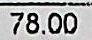
78.00